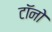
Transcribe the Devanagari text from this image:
टॉनो